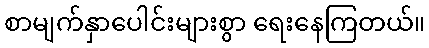
စာမျက်နှာပေါင်းများစွာ ရေးနေကြတယ်။